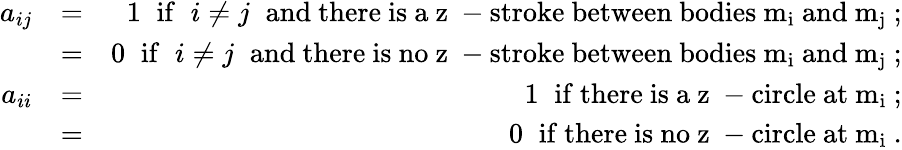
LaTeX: \begin{array}{rlr}{a_{ij}}&{=}&{1\; \; \mathrm{if}\; \; i\neq j\; \; \mathrm{and~there~is~a~z~-stroke~between~bodies~m_i~and~m_j~};}\\ &{=}&{0\; \; \mathrm{if}\; \; i\neq j\; \; \mathrm{and~there~is~no~z~-stroke~between~bodies~m_i~and~m_j~};}\\ {a_{ii}}&{=}&{1\; \; \mathrm{if~there~is~a~z~-circle~at~m_i~};}\\ &{=}&{0\; \; \mathrm{if~there~is~no~z~-circle~at~m_i~}.}\end{array}